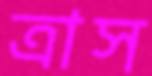
ত্রাস